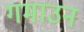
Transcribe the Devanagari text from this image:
गमाउन